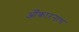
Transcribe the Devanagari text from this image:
ओँकारनाथ